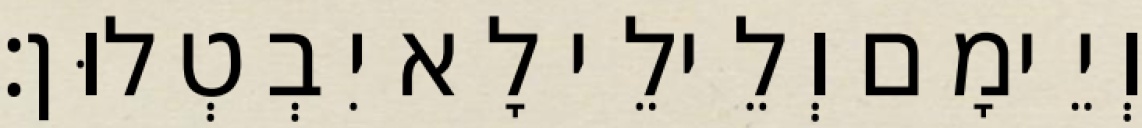
וְיֵימָם וְלֵילֵי לָא יִבְטְלוּן׃